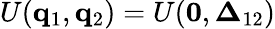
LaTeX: U(\mathbf{q}_{1},\mathbf{q}_{2})=U(\mathbf{0},\boldsymbol{\Delta}_{12})